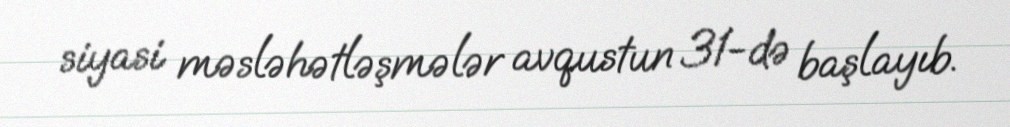
siyasi məsləhətləşmələr avqustun 31-də başlayıb.